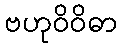
ဗဟုဝိဝိဓာ